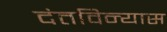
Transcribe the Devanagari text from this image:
दंतविन्यास